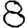
Digit: 8